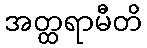
အတ္ထရာမီတိ